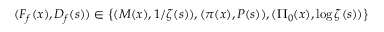
( F _ { f } ( x ) , D _ { f } ( s ) ) \in \left\{ ( M ( x ) , 1 / \zeta ( s ) ) , ( \pi ( x ) , P ( s ) ) , ( \Pi _ { 0 } ( x ) , \log \zeta ( s ) ) \right\}